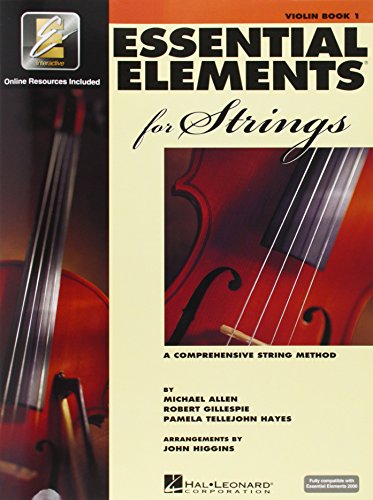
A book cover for Essential Elements for Strings: Book 1 with EEi (Violin); Michael Allen; Humor & Entertainment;